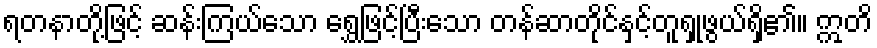
ရတနာတို့ဖြင့် ဆန်းကြယ်သော ရွှေဖြင့်ပြီးသော တန်ဆာတိုင်နှင့်တူရှုဖွယ်ရှိ၏။ ဣတိ